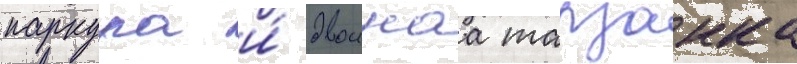
паркура и́ двоинаа тарзанка